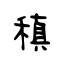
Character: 稹